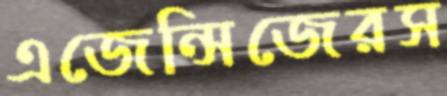
এজেন্সিজেরস